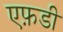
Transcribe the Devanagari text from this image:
एफ़डी